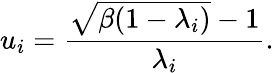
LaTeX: u_{i}=\frac{\sqrt{\beta(1-\lambda_{i})}-1}{\lambda_{i}}.